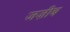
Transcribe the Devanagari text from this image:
जज़ीब